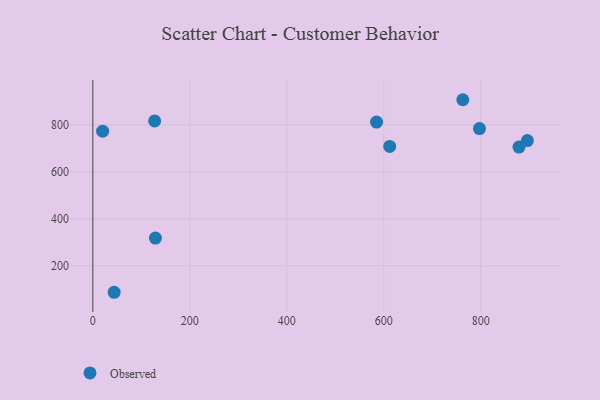
{"axis": {"x": "Ad Spend", "y": "Profit"}, "legend": ["Observed"], "data": [{"x": "20.2", "y": 772.5, "type": "Observed"}, {"x": "763.1", "y": 906.3, "type": "Observed"}, {"x": "129.1", "y": 317.8, "type": "Observed"}, {"x": "896.3", "y": 732.5, "type": "Observed"}, {"x": "585.2", "y": 811.3, "type": "Observed"}, {"x": "612.3", "y": 707.6, "type": "Observed"}, {"x": "879.0", "y": 705.1, "type": "Observed"}, {"x": "44.0", "y": 87.3, "type": "Observed"}, {"x": "797.5", "y": 783.4, "type": "Observed"}, {"x": "127.5", "y": 816.0, "type": "Observed"}]}